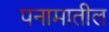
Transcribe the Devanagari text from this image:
पनामातील